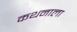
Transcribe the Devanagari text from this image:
कथनाला